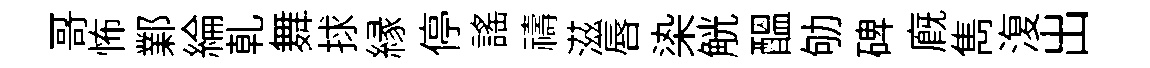
哥怖鄴綸乹舞捄縁停謡禱滋唇𣑱觥醖劬碑廐雋𣸪出